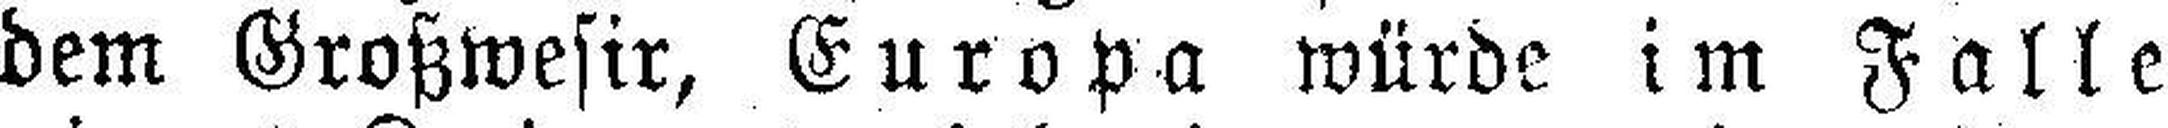
dem Großwesir, Europa würde im Falle